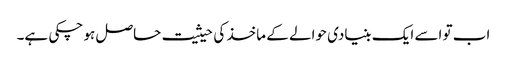
اب تو اسے ایک بنیادی حوالے کے ماخذ کی حیثیت حاصل ہو چکی ہے۔